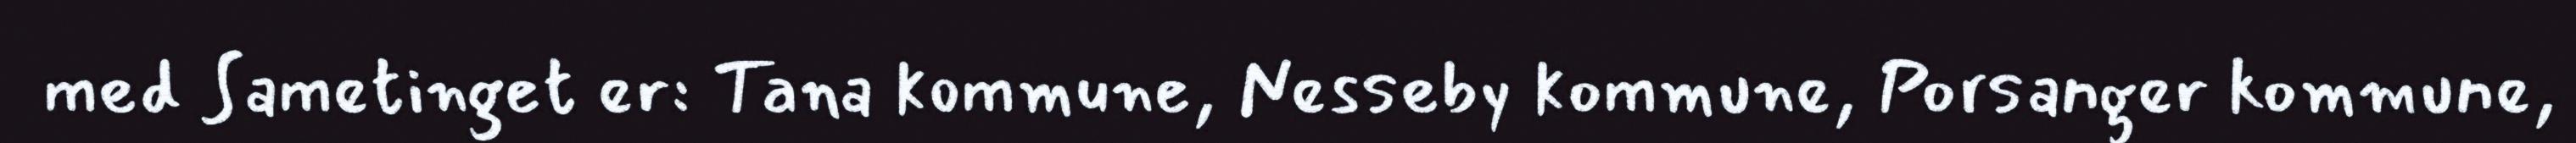
med Sametinget er: Tana kommune, Nesseby kommune, Porsanger kommune,